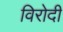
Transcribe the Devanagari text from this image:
विरोदी